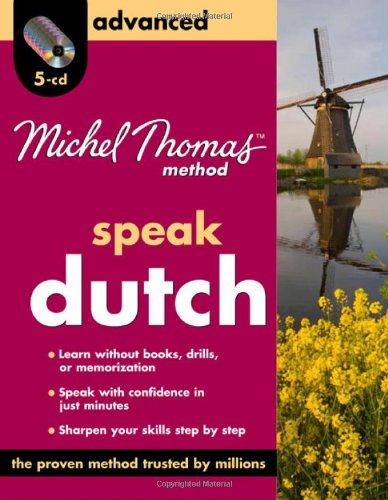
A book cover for Michel Thomas Method Dutch Advanced, 4-CD Program (Michel Thomas Series); Cobie Adkins-De Jong; Travel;